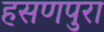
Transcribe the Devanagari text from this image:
हसणपुरा